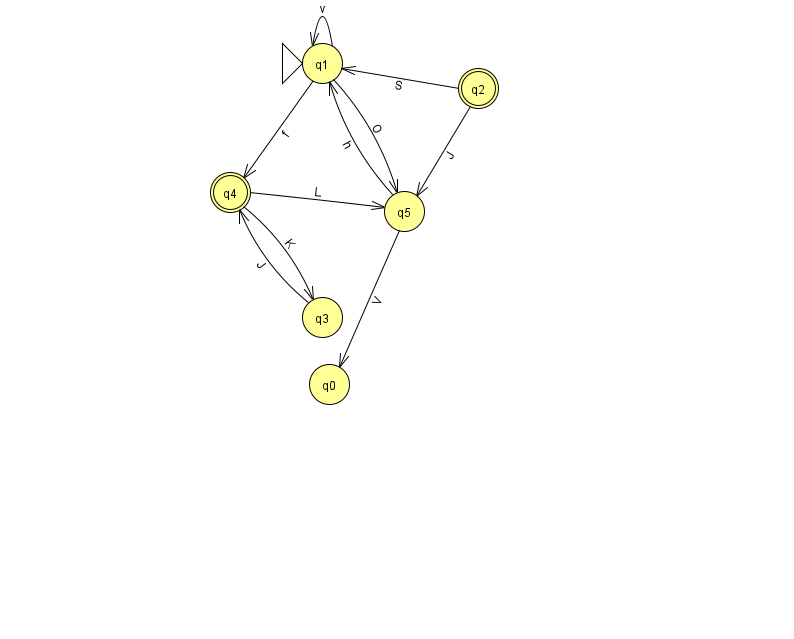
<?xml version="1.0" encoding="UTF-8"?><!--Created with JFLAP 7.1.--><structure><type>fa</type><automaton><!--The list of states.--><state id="0" name="q0"><x>329.0</x><y>371.0</y></state><state id="1" name="q1"><x>322.0</x><y>50.0</y><initial/></state><state id="2" name="q2"><x>478.0</x><y>75.0</y><final/></state><state id="3" name="q3"><x>322.0</x><y>304.0</y></state><state id="4" name="q4"><x>230.0</x><y>179.0</y><final/></state><state id="5" name="q5"><x>404.0</x><y>198.0</y></state><!--The list of transitions.--><transition><from>2</from><to>1</to><read>S</read></transition><transition><from>5</from><to>0</to><read>V</read></transition><transition><from>3</from><to>4</to><read>J</read></transition><transition><from>4</from><to>3</to><read>K</read></transition><transition><from>4</from><to>5</to><read>L</read></transition><transition><from>1</from><to>1</to><read>v</read></transition><transition><from>5</from><to>1</to><read>h</read></transition><transition><from>2</from><to>5</to><read>J</read></transition><transition><from>1</from><to>4</to><read>f</read></transition><transition><from>1</from><to>5</to><read>O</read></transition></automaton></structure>